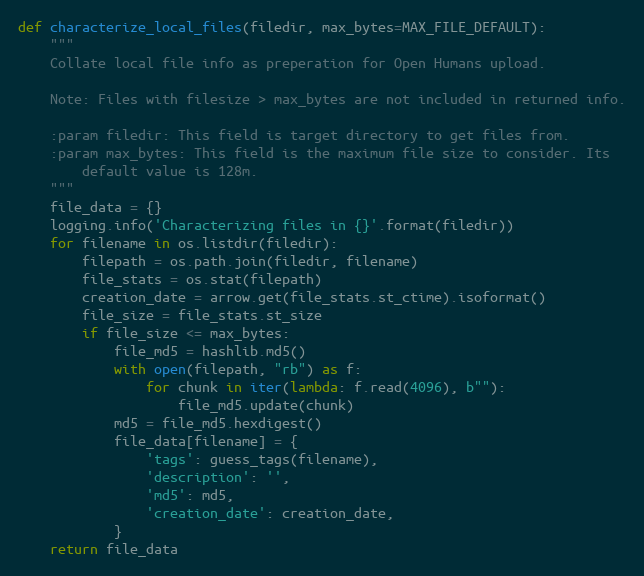
Language: Python
def characterize_local_files(filedir, max_bytes=MAX_FILE_DEFAULT):
    """
    Collate local file info as preperation for Open Humans upload.

    Note: Files with filesize > max_bytes are not included in returned info.

    :param filedir: This field is target directory to get files from.
    :param max_bytes: This field is the maximum file size to consider. Its
        default value is 128m.
    """
    file_data = {}
    logging.info('Characterizing files in {}'.format(filedir))
    for filename in os.listdir(filedir):
        filepath = os.path.join(filedir, filename)
        file_stats = os.stat(filepath)
        creation_date = arrow.get(file_stats.st_ctime).isoformat()
        file_size = file_stats.st_size
        if file_size <= max_bytes:
            file_md5 = hashlib.md5()
            with open(filepath, "rb") as f:
                for chunk in iter(lambda: f.read(4096), b""):
                    file_md5.update(chunk)
            md5 = file_md5.hexdigest()
            file_data[filename] = {
                'tags': guess_tags(filename),
                'description': '',
                'md5': md5,
                'creation_date': creation_date,
            }
    return file_data